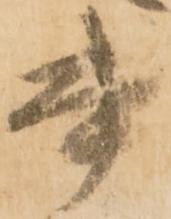
書